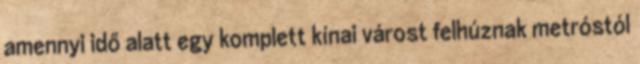
amennyi idő alatt egy komplett kínai várost felhúznak metróstól